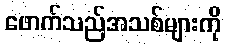
ဖောက်သည်အသစ်များကို